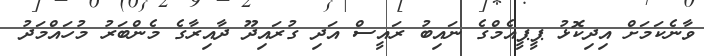
ވާނެކަމަށް އިދިކޮޅު ޕީޕީއެމްގެ ނައިބު ރައީސް އަދި ގުރައިދޫ ދާއިރާގެ މެންބަރު މުހައްމަދު